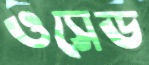
ওসেড